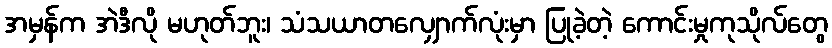
အမှန်က အဲဒီလို မဟုတ်ဘူး၊ သံသယာတလျှောက်လုံးမှာ ပြုခဲ့တဲ့ ကောင်းမှုကုသိုလ်တွေ